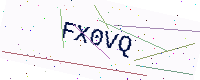
Text: FX0VQ